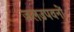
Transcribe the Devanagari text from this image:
जलउपवनों